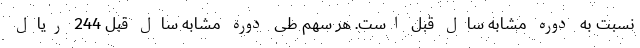
نسبت به دوره مشابه سال قبل است. هر سهم طی دوره مشابه سال قبل 244 ریال